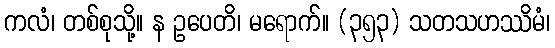
ကလံ၊ တစ်စုသို့။ န ဥပေတိ၊ မရောက်။ (၃၅၃) သတသဟဿိမံ၊